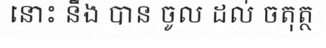
នោះ នឹង បាន ចូល ដល់ ចតុត្ថ